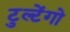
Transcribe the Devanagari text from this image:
टुल्टेंगो